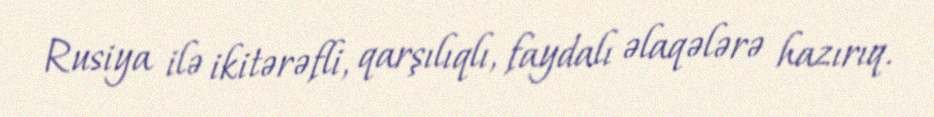
Rusiya ilə ikitərəfli, qarşılıqlı, faydalı əlaqələrə hazırıq.